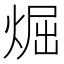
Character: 煀